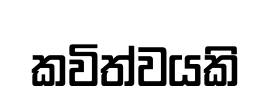
කවිත්වයකි